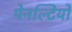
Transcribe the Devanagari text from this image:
पेनल्टियों